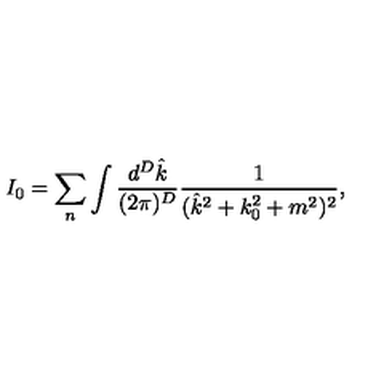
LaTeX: I _ { 0 } = \sum _ { n } \int \frac { d ^ { D } \hat { k } } { ( 2 \pi ) ^ { D } } \frac { 1 } { ( \hat { k } ^ { 2 } + k _ { 0 } ^ { 2 } + m ^ { 2 } ) ^ { 2 } } ,